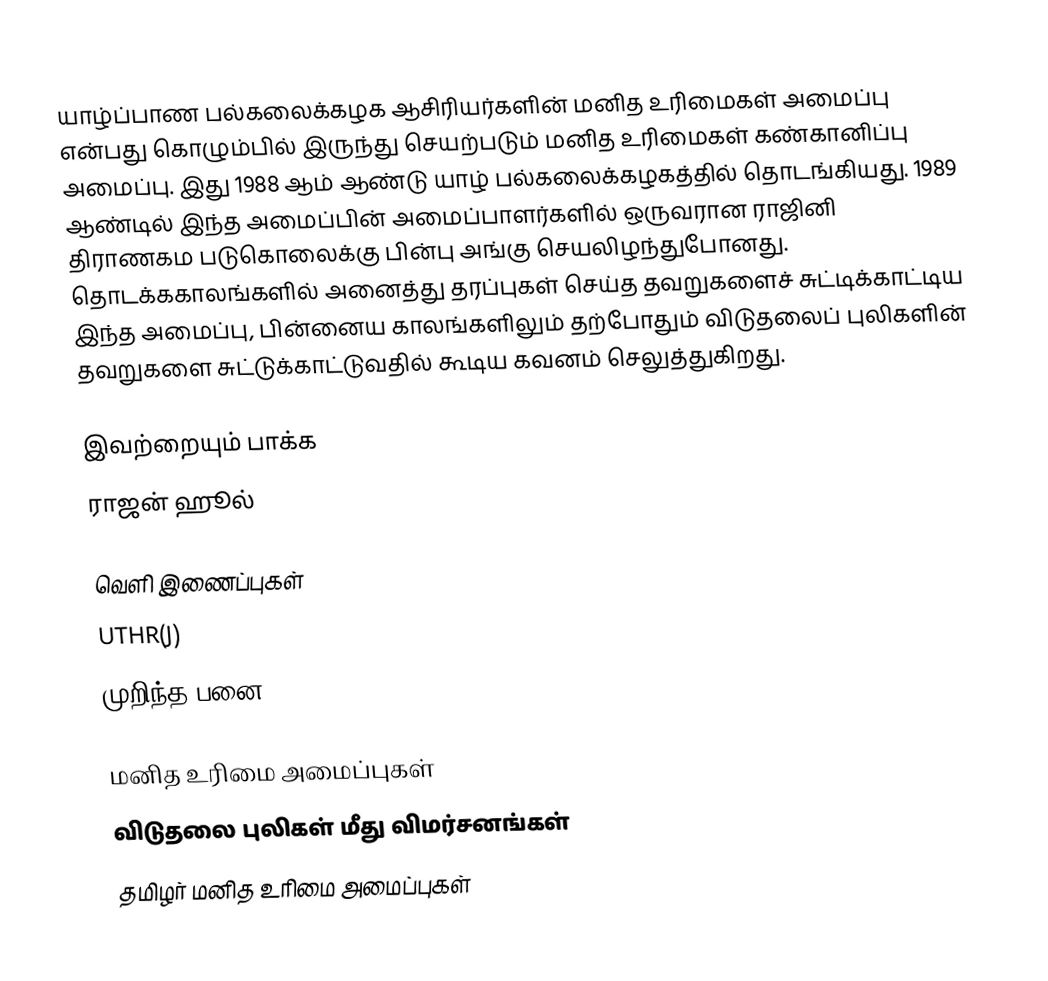
யாழ்ப்பாண பல்கலைக்கழக ஆசிரியர்களின் மனித உரிமைகள் அமைப்பு என்பது கொழும்பில் இருந்து செயற்படும் மனித உரிமைகள் கண்கானிப்பு அமைப்பு.  இது 1988 ஆம் ஆண்டு யாழ் பல்கலைக்கழகத்தில் தொடங்கியது.  1989 ஆண்டில் இந்த அமைப்பின் அமைப்பாளர்களில் ஒருவரான ராஜினி திராணகம படுகொலைக்கு பின்பு அங்கு செயலிழந்துபோனது.  தொடக்ககாலங்களில் அனைத்து தரப்புகள் செய்த தவறுகளைச் சுட்டிக்காட்டிய இந்த அமைப்பு, பின்னைய காலங்களிலும் தற்போதும் விடுதலைப் புலிகளின் தவறுகளை சுட்டுக்காட்டுவதில் கூடிய கவனம் செலுத்துகிறது.

இவற்றையும் பாக்க
 ராஜன் ஹூல்

வெளி இணைப்புகள்
 UTHR(J)
 முறிந்த பனை

மனித உரிமை அமைப்புகள்
விடுதலை புலிகள் மீது விமர்சனங்கள்
தமிழர் மனித உரிமை அமைப்புகள்